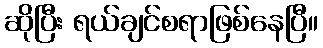
ဆိုပြီး ရယ်ချင်စရာဖြစ်နေပြီ။